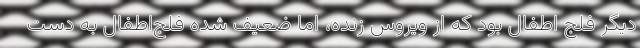
دیگر فلج اطفال بود که از ویروسِ زنده، اما ضعیف شده فلج‌اطفال به دست